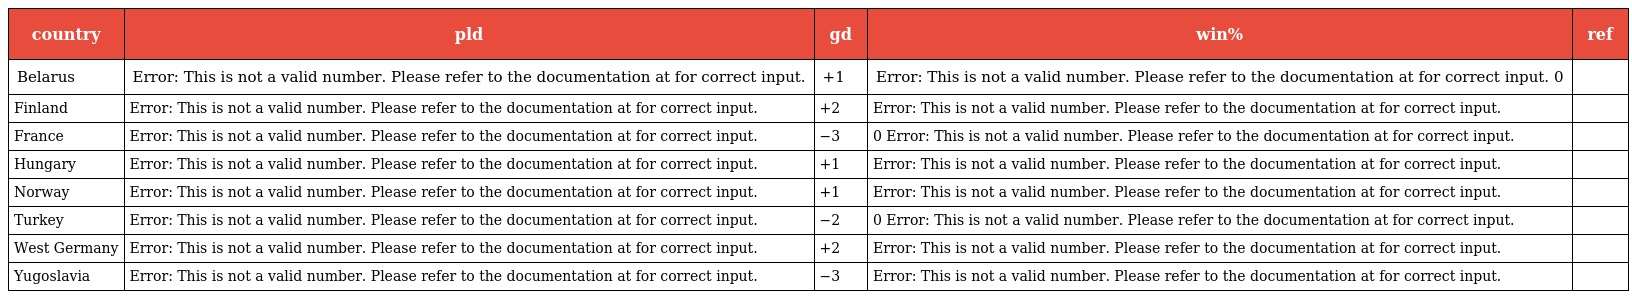
| country | pld | gd | win% | ref |
 | --- | --- | --- | --- | --- |
 | Belarus | Error: This is not a valid number. Please refer to the documentation at for correct input. | +1 | Error: This is not a valid number. Please refer to the documentation at for correct input. 0 |  |
 | Finland | Error: This is not a valid number. Please refer to the documentation at for correct input. | +2 | Error: This is not a valid number. Please refer to the documentation at for correct input. |  |
 | France | Error: This is not a valid number. Please refer to the documentation at for correct input. | −3 | 0 Error: This is not a valid number. Please refer to the documentation at for correct input. |  |
 | Hungary | Error: This is not a valid number. Please refer to the documentation at for correct input. | +1 | Error: This is not a valid number. Please refer to the documentation at for correct input. |  |
 | Norway | Error: This is not a valid number. Please refer to the documentation at for correct input. | +1 | Error: This is not a valid number. Please refer to the documentation at for correct input. |  |
 | Turkey | Error: This is not a valid number. Please refer to the documentation at for correct input. | −2 | 0 Error: This is not a valid number. Please refer to the documentation at for correct input. |  |
 | West Germany | Error: This is not a valid number. Please refer to the documentation at for correct input. | +2 | Error: This is not a valid number. Please refer to the documentation at for correct input. |  |
 | Yugoslavia | Error: This is not a valid number. Please refer to the documentation at for correct input. | −3 | Error: This is not a valid number. Please refer to the documentation at for correct input. |  |